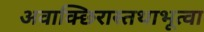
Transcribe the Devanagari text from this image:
अवाक्छिरास्तथाभूत्वा